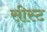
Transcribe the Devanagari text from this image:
सीस्ट